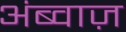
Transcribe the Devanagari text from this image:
अंब्वाज़